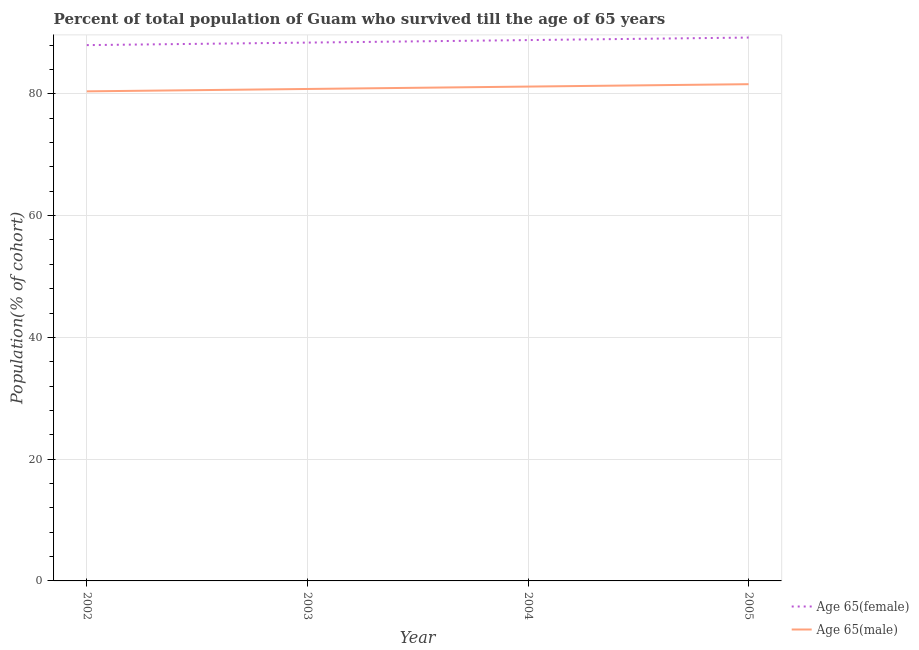
| Year | Age 65(female) | Age 65(male) |
 | --- | --- | --- |
 | 2002 | 88 | 80.4 |
 | 2003 | 88.4 | 80.8 |
 | 2004 | 88.8 | 81.2 |
 | 2005 | 89.2 | 81.6 |